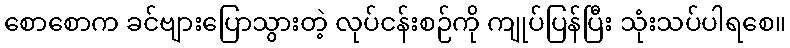
စောစောက ခင်ဗျားပြောသွားတဲ့ လုပ်ငန်းစဉ်ကို ကျုပ်ပြန်ပြီး သုံးသပ်ပါရစေ။